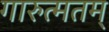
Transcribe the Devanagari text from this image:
गारुत्मतम्